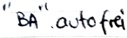
Text: "BA".autofrei